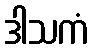
ဒါသကံ